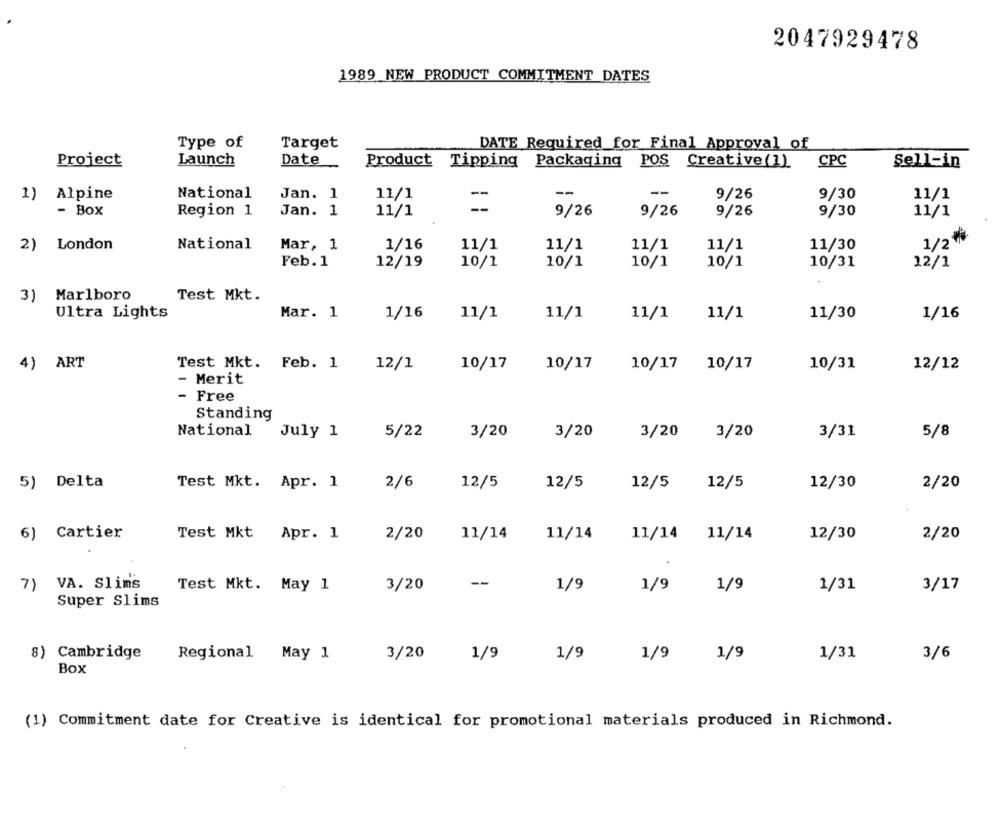
2047929478
1989 NEW PRODUCT COMMITMENT DATES
Type of
Target
DATE Required for Final Approval of
Project
Launch
Date
Product Tipping Packaging POS Creative(1)
CPC
Sell-in
--
--
1)
Alpine
National
Jan. 1
11/1
9/26
9/30
11/1
- Box
Region 1
Jan. 1
11/1
9/26
9/26
9/26
9/30
11/1
1/2#
2)
London
National
Mar, 1
1/16
11/1
11/1
11/1
11/1
11/30
Feb. 1
12/19
10/1
10/1
10/1
10/1
10/31
12/1
3)
Marlboro
Test Mkt.
Ultra Lights
Mar. 1
1/16
11/1
11/1
11/1
11/1
11/30
1/16
4) ART
Test Mkt. Feb. 1
12/1
10/17
10/17
10/17 10/17
10/31
12/12
- Merit
- Free
Standing
National
July 1
5/22
3/20
3/20
3/20
3/20
3/31
5/8
5) Delta
Test Mkt. Apr. 1
2/6
12/5
12/5
12/5
12/5
12/30
2/20
6) Cartier
Test Mkt
Apr. 1
11/14
11/14 11/14
12/30
2/20
2/20 11/14
Test Mkt. May 1
3/20
--
1/9
1/9
7) VA. Slims
1/9
1/31
3/17
Super Slims
8) Cambridge
Regional
May 1
3/20
1/9
1/9
1/9
1/9
1/31
3/6
Box
(1) Commitment date for Creative is identical for promotional materials produced in Richmond.